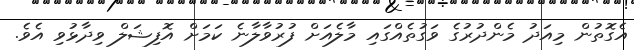
އެގޮތުން މިއަދު މެންދުރުގެ ވަގުތެއްގައި މާލެއަށް ފުރުވާލާނެ ކަމަށް އޮފިޝަލް ވިދާޅުވި އެވެ.